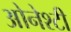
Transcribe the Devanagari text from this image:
ओनेश्टी